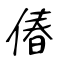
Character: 偆